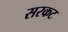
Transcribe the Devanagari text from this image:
सरकट